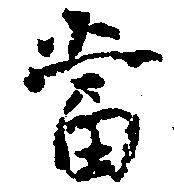
当